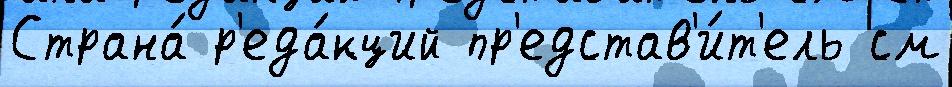
Страна́ р'еда́кций пр'едстав'и́т'ель см